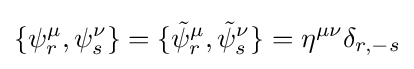
\{\psi _{r}^{\mu },\psi _{s}^{\nu }\}=\{{\tilde {\psi }}_{r}^{\mu },{\tilde {\psi }}_{s}^{\nu }\}=\eta ^{\mu \nu }\delta _{r,-s}